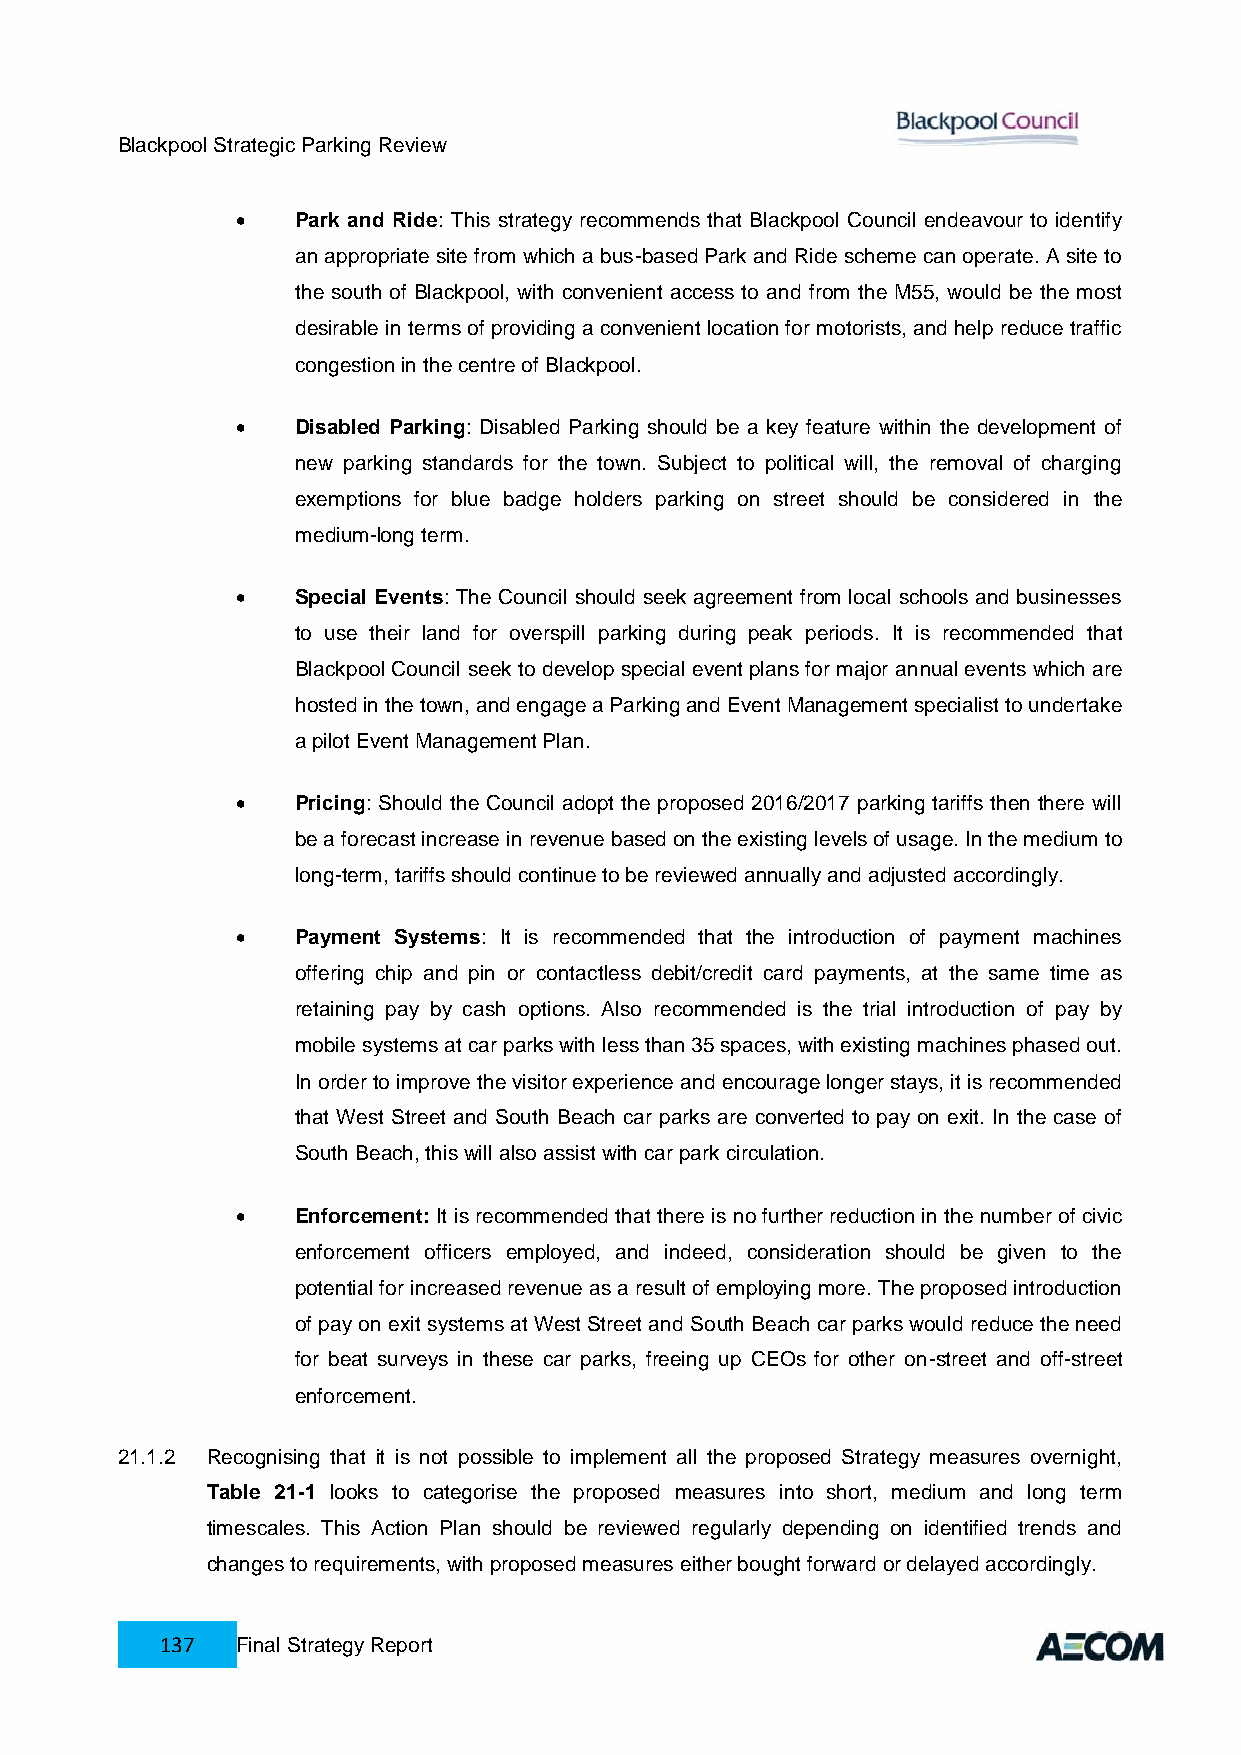
Blackpool Strategic Parking Review
    Park and Ride: This strategy recommends that Blackpool Council endeavour to identify
 an appropriate site from which a bus-based Park and Ride scheme can operate. A site to
 the south of Blackpool, with convenient access to and from the M55, would be the most
 desirable in terms of providing a convenient location for motorists, and help reduce traffic
 congestion in the centre of Blackpool.
    Disabled Parking: Disabled Parking should be a key feature within the development of
 new parking standards for the town. Subject to political will, the removal of charging
 exemptions for blue badge holders parking on street should be considered in the
 medium-long term.
    Special Events: The Council should seek agreement from local schools and businesses
 to use their land for overspill parking during peak periods. It is recommended that
 Blackpool Council seek to develop special event plans for major annual events which are
 hosted in the town, and engage a Parking and Event Management specialist to undertake
 a pilot Event Management Plan.
    Pricing: Should the Council adopt the proposed 2016/2017 parking tariffs then there will
 be a forecast increase in revenue based on the existing levels of usage. In the medium to
 long-term, tariffs should continue to be reviewed annually and adjusted accordingly.
    Payment Systems: It is recommended that the introduction of payment machines
 offering chip and pin or contactless debit/credit card payments, at the same time as
 retaining pay by cash options. Also recommended is the trial introduction of pay by
 mobile systems at car parks with less than 35 spaces, with existing machines phased out.
 In order to improve the visitor experience and encourage longer stays, it is recommended
 that West Street and South Beach car parks are converted to pay on exit. In the case of
 South Beach, this will also assist with car park circulation.
    Enforcement: It is recommended that there is no further reduction in the number of civic
 enforcement officers employed, and indeed, consideration should be given to the
 potential for increased revenue as a result of employing more. The proposed introduction
 of pay on exit systems at West Street and South Beach car parks would reduce the need
 for beat surveys in these car parks, freeing up CEOs for other on-street and off-street
 enforcement.
 21.1.2 Recognising that it is not possible to implement all the proposed Strategy measures overnight,
 Table 21-1 looks to categorise the proposed measures into short, medium and long term
 timescales. This Action Plan should be reviewed regularly depending on identified trends and
 changes to requirements, with proposed measures either bought forward or delayed accordingly.
 137  Final Strategy Report